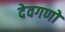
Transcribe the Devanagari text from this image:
देवगणो